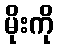
မိုးကို